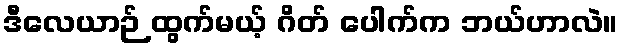
ဒီလေယာဉ် ထွက်မယ့် ဂိတ် ပေါက်က ဘယ်ဟာလဲ။